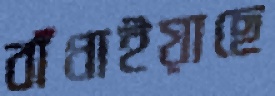
বাঁধাইয়াছে